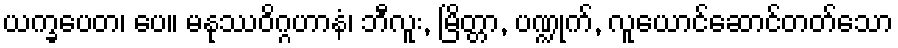
ယက္ခပေတ၊ ပေ။ မနုဿဝိဂ္ဂဟာနံ၊ ဘီလူး, မြိတ္တာ, ပဏ္ဍုက်, လူယောင်ဆောင်တတ်သော